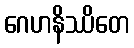
ဂေဟနိဿိတေ